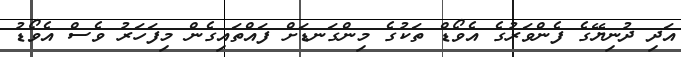
އަދި ދުނިޔޭގެ ފެންވަރުގެ އެވޯޑް ތަކުގެ މިންގަނޑަށް ފައްތައިގެން މިފަހަރު ވެސް އެވޯޑު